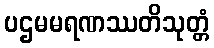
ပဌမမရဏဿတိသုတ္တံ